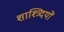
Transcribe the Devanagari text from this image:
शाश्त्र्दियों